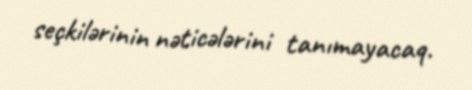
seçkilərinin nəticələrini tanımayacaq.